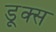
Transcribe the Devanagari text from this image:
डूक्स